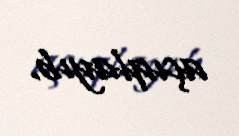
açıqlayıb.